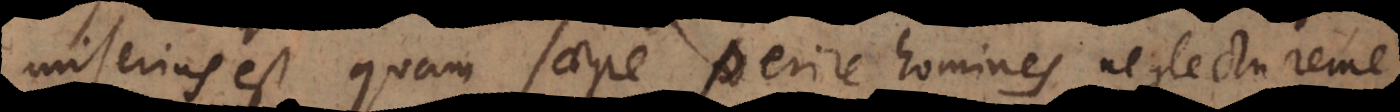
miserius est quam saepe perire homines neglectu